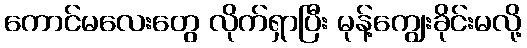
ကောင်မလေးတွေ လိုက်ရှာပြီး မုန့်ကျွေးခိုင်းမလို့